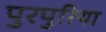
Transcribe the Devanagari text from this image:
पुरपुरिया